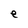
Character: e